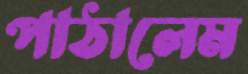
পাঠালেম